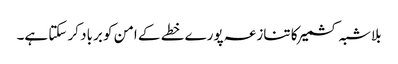
بلاشبہ کشمیر کا تنازعہ پورے خطے کے امن کو برباد کر سکتا ہے۔